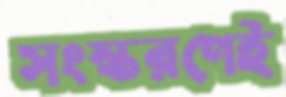
সংস্করণেই